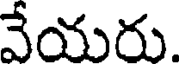
వేయరు.